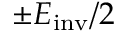
\pm E _ { \mathrm { i n v } } / 2